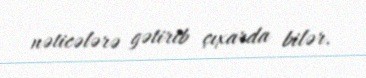
nəticələrə gətirib çıxarda bilər.